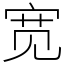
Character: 宽